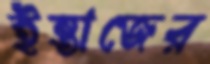
ইন্তাজের